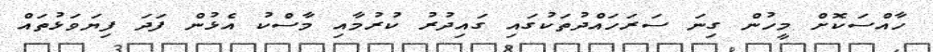
ހާއްސަކޮށް މީހުން ގިނަ ސަރަހައްދުތަކުގައި ގައިދުރު ކުރުމާއި މާސްކު އެޅުން ފަދަ ފިޔަވަޅުތައް